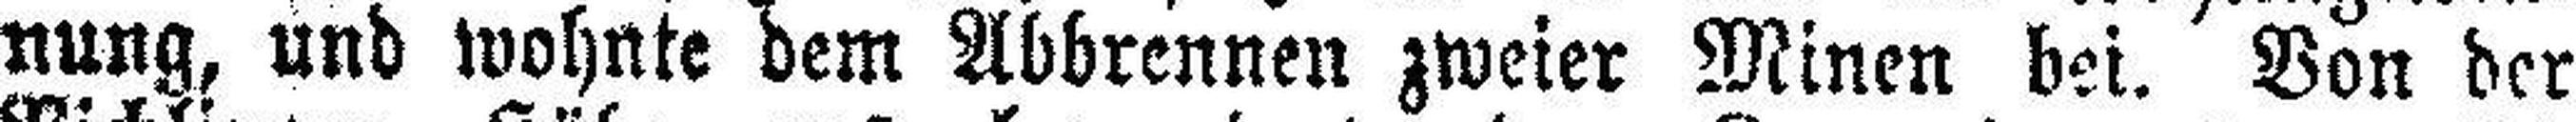
nung, und wohnte dem Abbrennen zweier Minen bei. Von der